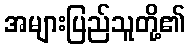
အများပြည်သူတို့၏